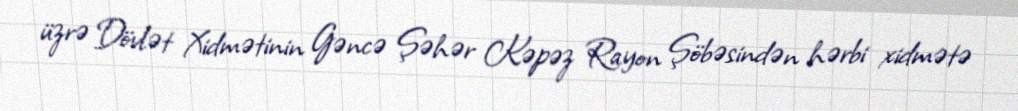
üzrə Dövlət Xidmətinin Gəncə Şəhər Kəpəz Rayon Şöbəsindən hərbi xidmətə